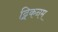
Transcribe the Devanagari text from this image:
ट्विकनम